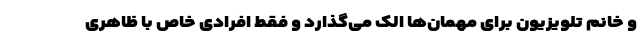
و خانم تلویزیون برای مهمان‌ها الک می‌گذارد و فقط افرادی خاص با ظاهری